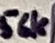
Text: 10K